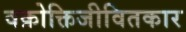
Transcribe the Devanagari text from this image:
वक्रोक्तिजीवितकार